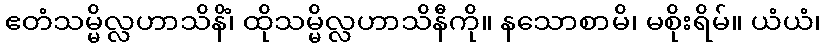
ဧတံသမ္မိလ္လဟာသိနိံ၊ ထိုသမ္မိလ္လဟာသိနီကို။ နသောစာမိ၊ မစိုးရိမ်။ ယံယံ၊